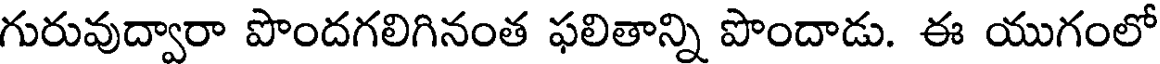
గురువుద్వారా పొందగలిగినంత ఫలితాన్ని పొందాడు. ఈ యుగంలో